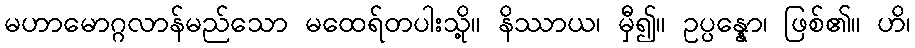
မဟာမောဂ္ဂလာန်မည်သော မထေရ်တပါးသို့။ နိဿာယ၊ မှီ၍။ ဥပ္ပန္နော၊ ဖြစ်၏။ ဟိ၊